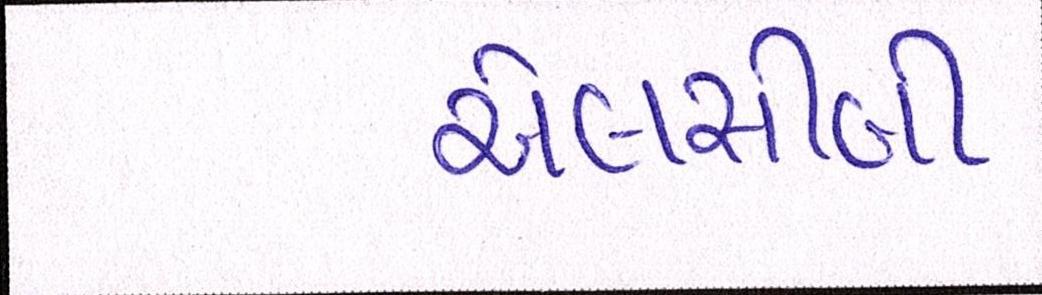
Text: એલસીબી